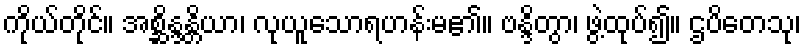
ကိုယ်တိုင်။ အစ္ဆိန္ဒန္တိယာ၊ လုယူသောရဟန်းမ၏။ ဗန္ဒိတွာ၊ ဖွဲ့ထုပ်၍။ ဌပိတေသု၊